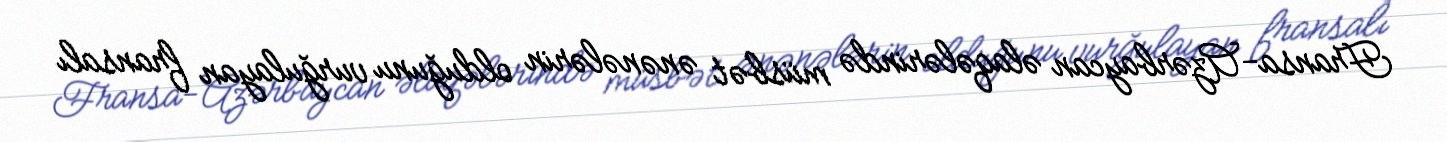
Fransa-Azərbaycan əlaqələrində müsbət ənənələrin olduğunu vurğulayan fransalı